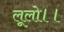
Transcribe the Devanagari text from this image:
लूलो।।